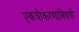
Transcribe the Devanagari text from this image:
एकत्रीकरणाविषयी